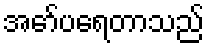
အော်ပရေတာသည်